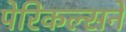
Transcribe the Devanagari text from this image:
पेरिकल्सने